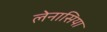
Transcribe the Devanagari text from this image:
लेनासिया